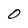
Character: O